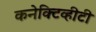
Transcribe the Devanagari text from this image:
कनेक्टिव्हीटी